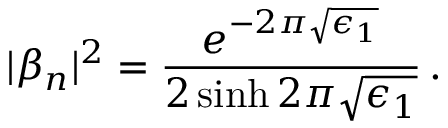
| \beta _ { n } | ^ { 2 } = \frac { e ^ { - 2 \pi \sqrt { \epsilon _ { 1 } } } } { 2 \sinh 2 \pi \sqrt { \epsilon _ { 1 } } } \, .